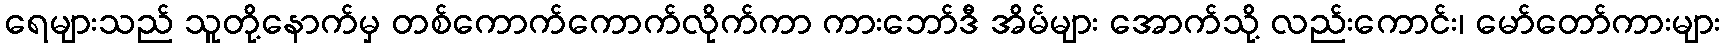
ရေများသည် သူတို့နောက်မှ တစ်ကောက်ကောက်လိုက်ကာ ကားဘော်ဒီ အိမ်များ အောက်သို့ လည်းကောင်း၊ မော်တော်ကားများ